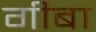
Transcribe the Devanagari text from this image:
गीबा